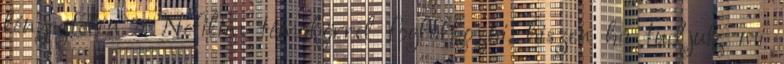
lényegtelen a Nefilim témakörrel foglalkozni, hiszen ha tudjuk, mi